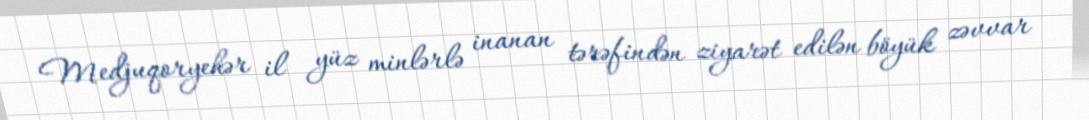
Medjuqoryehər il yüz minlərlə inanan tərəfindən ziyarət edilən böyük zəvvar